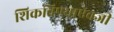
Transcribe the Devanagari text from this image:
शिकविण्याऐवजी